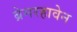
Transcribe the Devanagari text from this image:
ब्रेमरहावेन